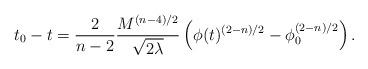
LaTeX: \begin{align*}t_0-t= { 2 \over {n-2}} { M^{(n-4)/2} \over \sqrt{2\lambda}}\left(\phi(t)^{(2-n)/2}- \phi_0^{(2-n)/2} \right).\end{align*}